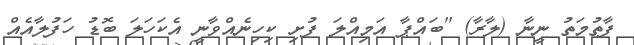
ފާތުމަތު ނީނާ (ލާރާ) "ބައްޕާ އަމިއްލަ ފުށި ކިހިނެއްވާނީ އެކަހަލަ ބޮޑު ހަފުލާއެއް